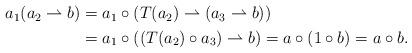
LaTeX: \begin{align*}\begin{aligned}a_1(a_2\rightharpoonup b)&=a_1\circ (T(a_2)\rightharpoonup (a_3\rightharpoonup b))\\&=a_1\circ ((T(a_2)\circ a_3)\rightharpoonup b)=a\circ (1\circ b)=a\circ b.\end{aligned}\end{align*}